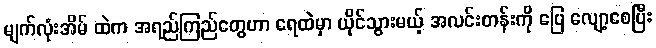
မျက်လုံးအိမ် ထဲက အရည်ကြည်တွေဟာ ရေထဲမှာ ယိုင်သွားမယ့် အလင်းတန်းကို ပြေ လျော့စေပြီး